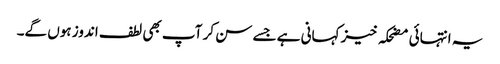
یہ انتہائی مضحکہ خیز کہانی ہے جسے سن کر آپ بھی لطف اندوز ہوں گے۔